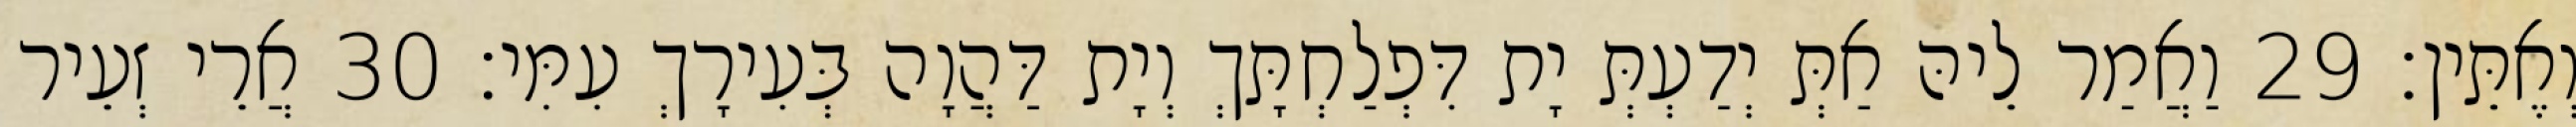
וְאֶתֵּין׃ 29 וַאֲמַר לֵיהּ אַתְּ יְדַעְתְּ יָת דִּפְלַחְתָּךְ וְיָת דַּהֲוָה בְּעִירָךְ עִמִּי׃ 30 אֲרֵי זְעֵיר